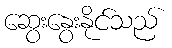
ဆွေးနွေးနိုင်သည်